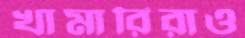
খামারিরাও